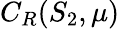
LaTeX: C_{R}(S_{2},\mu)